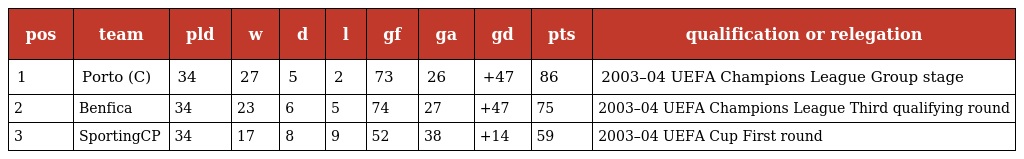
| pos | team | pld | w | d | l | gf | ga | gd | pts | qualification or relegation |
 | --- | --- | --- | --- | --- | --- | --- | --- | --- | --- | --- |
 | 1 | Porto (C) | 34 | 27 | 5 | 2 | 73 | 26 | +47 | 86 | 2003–04 UEFA Champions League Group stage |
 | 2 | Benfica | 34 | 23 | 6 | 5 | 74 | 27 | +47 | 75 | 2003–04 UEFA Champions League Third qualifying round |
 | 3 | SportingCP | 34 | 17 | 8 | 9 | 52 | 38 | +14 | 59 | 2003–04 UEFA Cup First round |